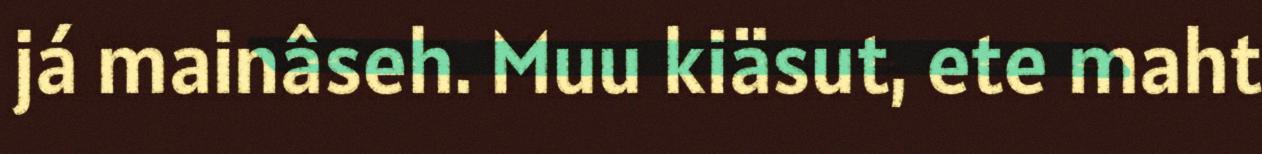
já mainâseh. Muu kiäsut, ete maht